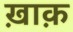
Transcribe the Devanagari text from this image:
ख़ाक़